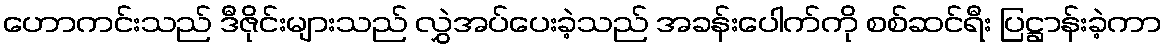
ဟောကင်းသည် ဒီဇိုင်းများသည် လွှဲအပ်ပေးခဲ့သည် အခန်းပေါက်ကို စစ်ဆင်ရီး ပြဋ္ဌာန်းခဲ့ကာ